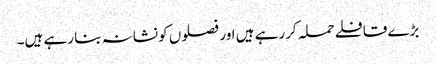
بڑے قافلے حملہ کررہے ہیں اور فصلوں کو نشانہ بنا رہے ہیں۔